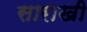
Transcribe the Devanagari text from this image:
साराखी